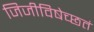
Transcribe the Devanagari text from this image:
जिजीविषेच्छतं